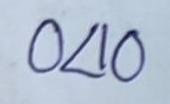
040